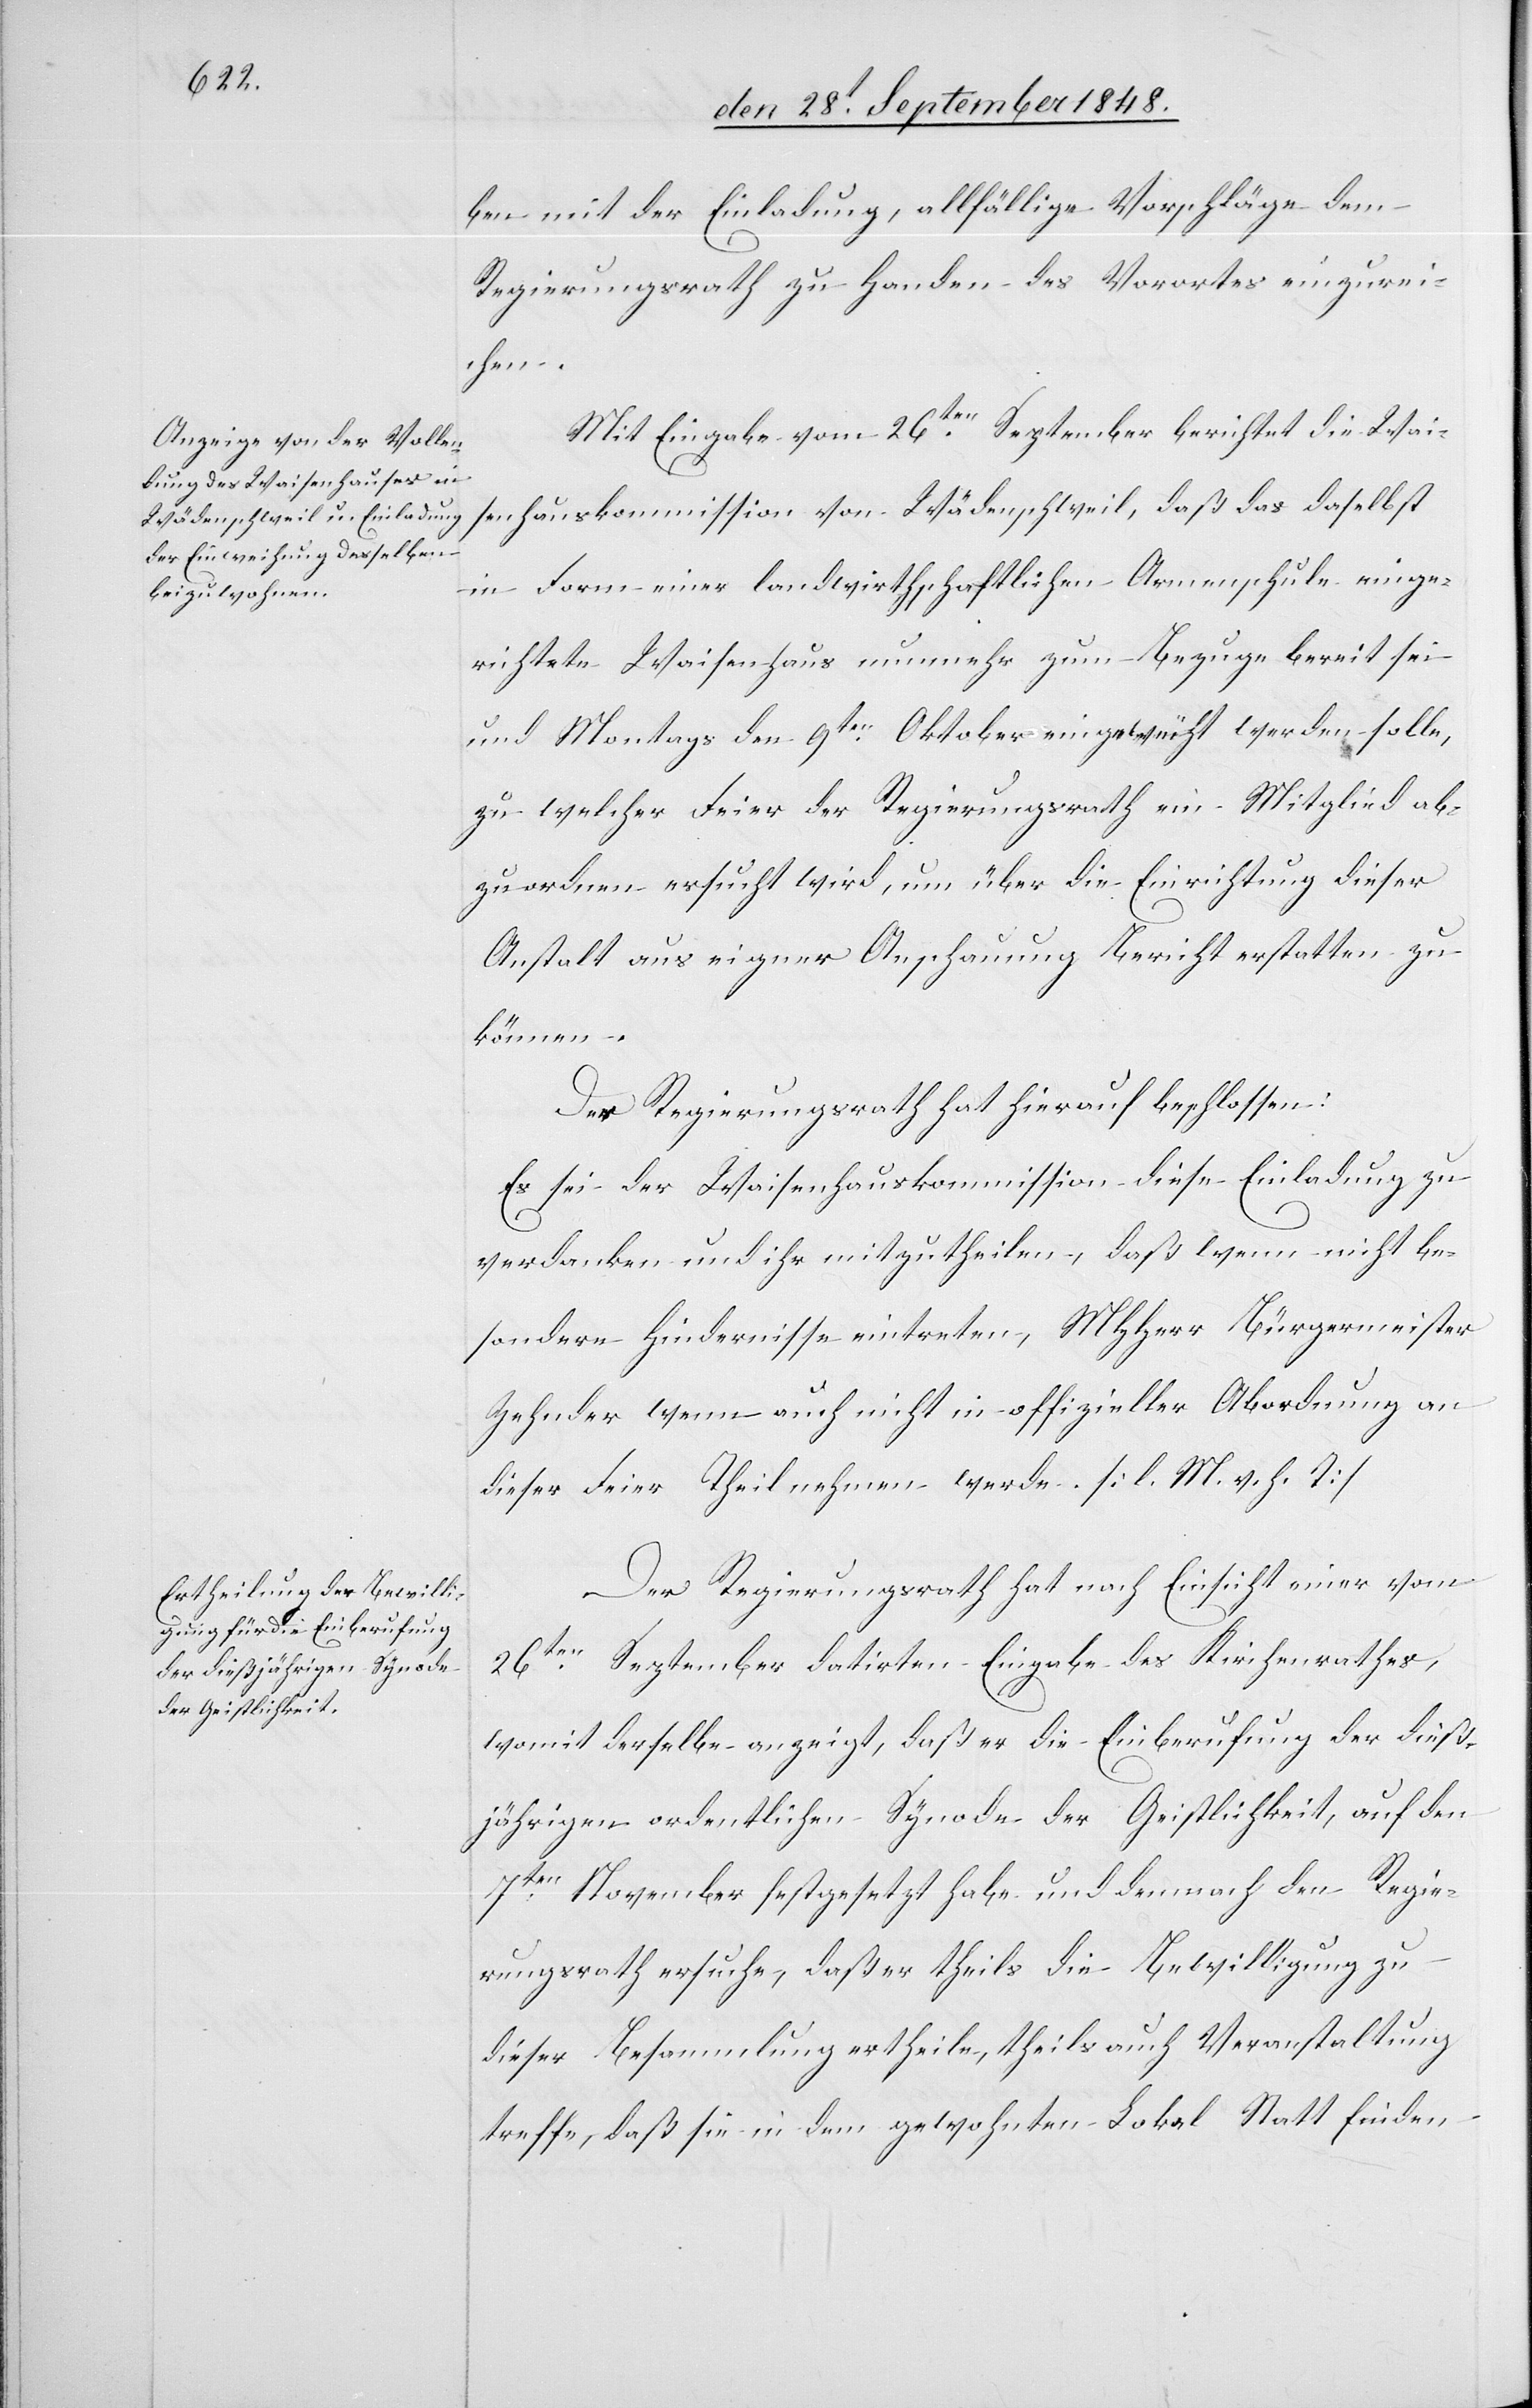
ben mit der Einladung, allfällige Vorschläge dem
Regierungsrath zu Handen des Vorortes einzurei¬
chen.
Mit Eingabe vom 26ten September berichtet die Wai¬
sehauskommission von Wädenschweil, daß das daselbst
in Form einer landwirthschaftlichen Armenschule einge¬
richtete Waisenhaus nunmehr zum Bezuge bereit sei
und Montags den 9ten Oktober eingeweiht werden solle,
zu welcher Feier der Regierungsrath ein Mitglied ab¬
zuordnen ersucht wird, um über die Einrichtung dieser
Anstalt aus eigener Anschauung Bericht erstatten zu
können.
Der Regierungsrath hat hierauf beschlossen:
Es sei der Waisenhauskommission diese Einladung zu
verdanken und ihr mitzutheilen, daß wenn nicht be¬
sondere Hindernisse eintreten, MHHerr Bürgermeister
Zehnder wenn auch nicht in offizieller Abordnung an
dieser Feier Theil nehmen werde. [l. M. v. h. T]
Der Regierungsrath hat nach Einsicht einer vom
26ten September datirten Eingabe des Kirchenrathes,
womit derselbe anzeigt, daß er die Einberufung der dieß¬
jährigen ordentlichen Synode der Geistlichkeit, auf den
7ten November festgesetzt habe und demnach den Regie¬
rungsrath ersuche, daß er theils die Bewilligung zu
dieser Besammlung ertheile, theils auch Veranstaltung
treffe, daß sie in dem gewohnten Lokal Statt finden